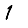
Digit: 1